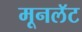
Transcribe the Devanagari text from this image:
मूनलॅट